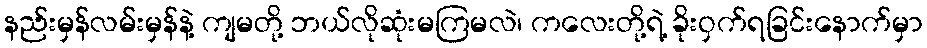
နည်းမှန်လမ်းမှန်နဲ့ ကျမတို့ ဘယ်လိုဆုံးမကြမလဲ၊ ကလေးတို့ရဲ့ ခိုးဝှက်ရခြင်းနောက်မှာ